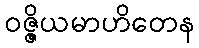
ဝဇ္ဇိယမာဟိတေန